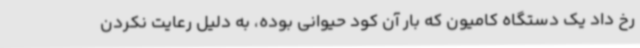
رخ داد یک دستگاه کامیون که بار آن کود حیوانی بوده، به دلیل رعایت نکردن